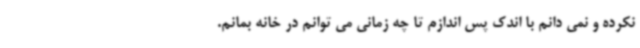
نکرده و نمی دانم با اندک پس اندازم تا چه زمانی می توانم در خانه بمانم.